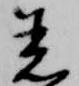
着